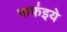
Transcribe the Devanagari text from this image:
फफ॑इये